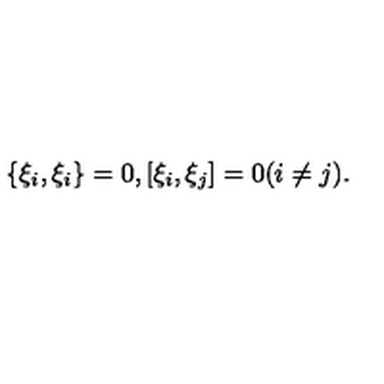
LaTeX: \{ \xi _ { i } , \xi _ { i } \} = 0 , [ \xi _ { i } , \xi _ { j } ] = 0 ( i \neq j ) .